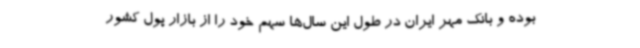
بوده و بانک مهر ایران در طول این سال‌ها سهم خود را از بازار پول کشور